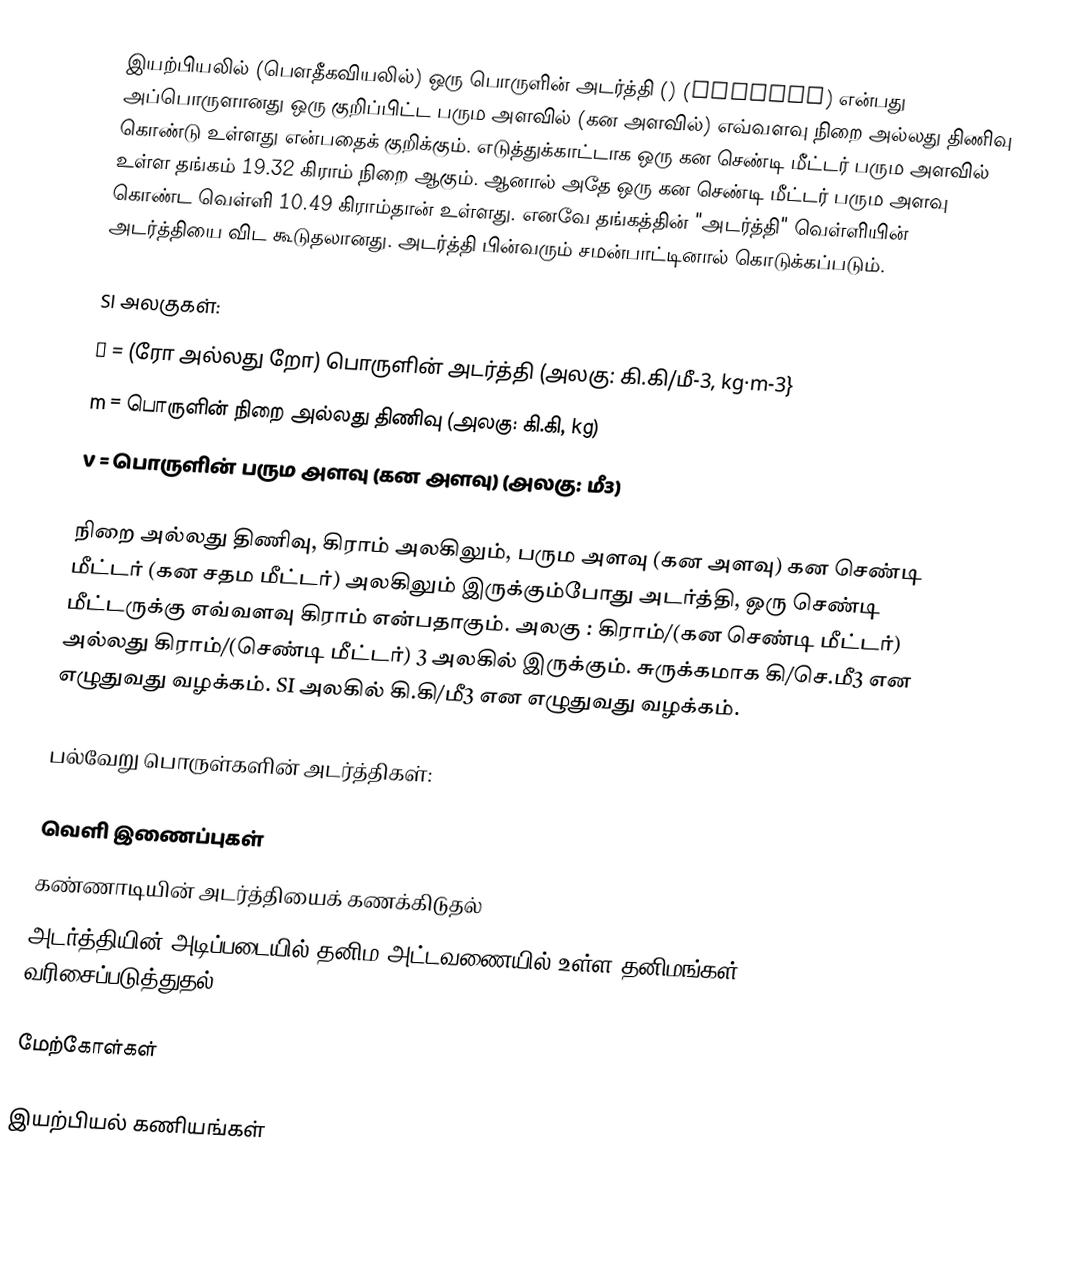
இயற்பியலில் (பௌதீகவியலில்) ஒரு பொருளின் அடர்த்தி () (density) என்பது அப்பொருளானது ஒரு குறிப்பிட்ட பரும அளவில் (கன அளவில்) எவ்வளவு நிறை அல்லது திணிவு கொண்டு உள்ளது என்பதைக் குறிக்கும். எடுத்துக்காட்டாக ஒரு கன செண்டி மீட்டர் பரும அளவில் உள்ள தங்கம் 19.32 கிராம் நிறை ஆகும். ஆனால் அதே ஒரு கன செண்டி மீட்டர் பரும அளவு கொண்ட வெள்ளி 10.49 கிராம்தான் உள்ளது. எனவே தங்கத்தின் "அடர்த்தி" வெள்ளியின் அடர்த்தியை விட கூடுதலானது. அடர்த்தி பின்வரும் சமன்பாட்டினால் கொடுக்கப்படும்.

SI அலகுகள்:
 ρ = (ரோ அல்லது றோ) பொருளின் அடர்த்தி (அலகு: கி.கி/மீ-3, kg·m-3}
m = பொருளின் நிறை அல்லது திணிவு (அலகு: கி.கி, kg)
V = பொருளின் பரும அளவு (கன அளவு) (அலகு: மீ3)

நிறை அல்லது திணிவு, கிராம் அலகிலும், பரும அளவு (கன அளவு) கன செண்டி மீட்டர் (கன சதம மீட்டர்) அலகிலும் இருக்கும்போது அடர்த்தி, ஒரு செண்டி மீட்டருக்கு எவ்வளவு கிராம் என்பதாகும். அலகு : கிராம்/(கன செண்டி மீட்டர்) அல்லது கிராம்/(செண்டி மீட்டர்) 3 அலகில் இருக்கும். சுருக்கமாக கி/செ.மீ3 என எழுதுவது வழக்கம். SI அலகில் கி.கி/மீ3 என எழுதுவது வழக்கம்.

பல்வேறு பொருள்களின் அடர்த்திகள்:

வெளி இணைப்புகள்
 கண்ணாடியின் அடர்த்தியைக் கணக்கிடுதல்
 அடர்த்தியின் அடிப்படையில் தனிம அட்டவணையில் உள்ள தனிமங்கள் வரிசைப்படுத்துதல்

மேற்கோள்கள்

இயற்பியல் கணியங்கள்